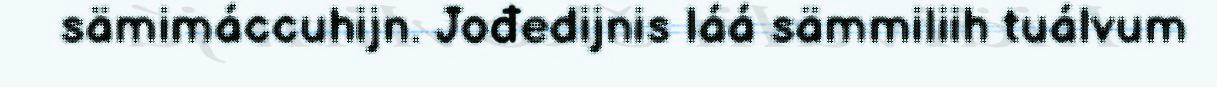
sämimáccuhijn. Jođedijnis láá sämmiliih tuálvum